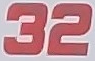
32